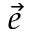
\Vec { e }